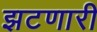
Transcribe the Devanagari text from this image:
झटणारी